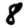
Digit: 8